Reports on military cantonments and civil stations in the Presidency of Bombay inspected by the Sanitary Commissioner in the years 1875 and 1876
Year: 1875
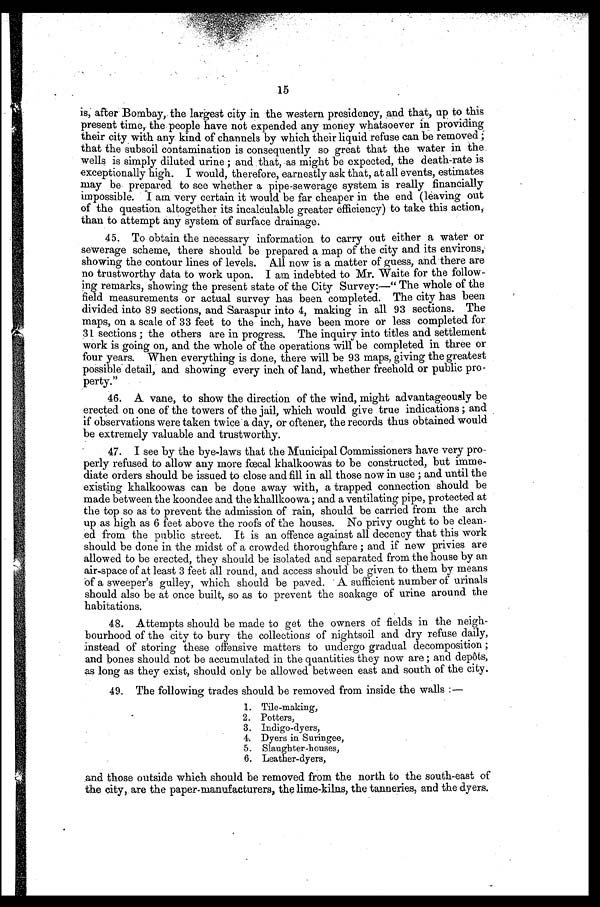
15
is, after Bombay, the largest city in the western presidency, and that, up to this
present time, the people have not expended any money whatsoever in providing
their city with any kind of channels by which their liquid refuse can be removed;
that the subsoil contamination is consequently so great that the water in the
wells is simply diluted urine; and that, as might be expected, the death-rate is
exceptionally high. I would, therefore, earnestly ask that, at all events, estimates
may be prepared to see whether a pipe-sewerage system is really financially
impossible. I am very certain it would be far cheaper in the end (leaving out
of the question altogether its incalculable greater efficiency) to take this action;
than to attempt any system of surface drainage.
45. To obtain the necessary information to carry out either a water or
sewerage scheme, there should be prepared a map of the city and its environs,
showing the contour lines of levels. All now is a matter of guess, and there are
no trustworthy data to work upon. I am indebted to Mr. Waite for the follow-
ing remarks, showing the present state of the City Survey:—"The whole of the
field measurements or actual survey has been completed, The city has been
divided into 89 sections, and Saraspur into 4, making in all 93 sections. The
maps, on a scale of 33 feet to the inch, have been more or less completed for
31 sections; the others are in progress. The inquiry into titles and settlement
work is going on, and the whole of the operations will be completed in three or
four years. When everything is done, there will be 93 maps, giving the greatest
possible detail, and showing every inch of land, whether freehold or public pro-
perty."
46. A vane, to show the direction of the wind, might advantageously be
erected on one of the towers of the jail, which would give true indications; and
if observations were taken twice a day, or oftener, the records thus obtained would
be extremely valuable and trustworthy.
47. I see by the bye-laws that the Municipal Commissioners have very pro-
perly refused to allow any more fœcal khalkoowas to be constructed, but imme-
diate orders should be issued to close and fill in all those now in use; and until the
existing khalkoowas can be done away with, a trapped connection should be
made between the koondee and the khallkoowa; and a ventilating pipe, protected at
the top so as to prevent the admission of rain, should be carried from the arch
up as high as 6 feet above the roofs of the houses. No privy ought to be clean-
ed from the public street. It is an offence against all decency that this work
should be done in the midst of a crowded thoroughfare; and if new privies are
allowed to be erected, they should be isolated and separated from the house by an
air-space of at least 3 feet all round, and access should be given to them by means
of a sweeper's gulley, which should be paved. A sufficient number of urinals
should also be at once built, so as to prevent the soakage of urine around the
habitations.
48. Attempts should be made to get the owners of fields in the neigh-
bourhood of the city to bury the collections of nightsoil and dry refuse daily,
instead of storing these offensive matters to undergo gradual decomposition;
and bones should not be accumulated in the quantities they now are; and depôts,
as long as they exist, should only be allowed between east and south of the city.
49. The following trades should be removed from inside the walls:—
1. Tile-making,
2. Potters,
3. Indigo-dyers,
4. Dyers in Suringee,
5. Slaughter-houses,
6. Leather-dyers,
and those outside which should be removed from the north to the south-east of
the city, are the paper-manufacturers, the lime-kilns, the tanneries, and the dyers.